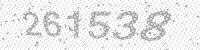
Solution: 261538